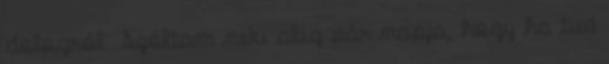
dologról. Szóltam neki alig pár napja, hogy ha tud